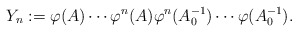
\begin{align*} Y_n : = \varphi (A) \cdots \varphi ^n (A) \varphi ^n (A^{-1}_0) \cdots \varphi (A_0^{-1}). \end{align*}